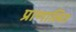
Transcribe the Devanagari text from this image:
प्राणालित